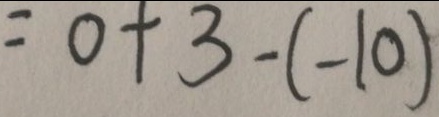
= 0 + 3 - ( - 1 0 )